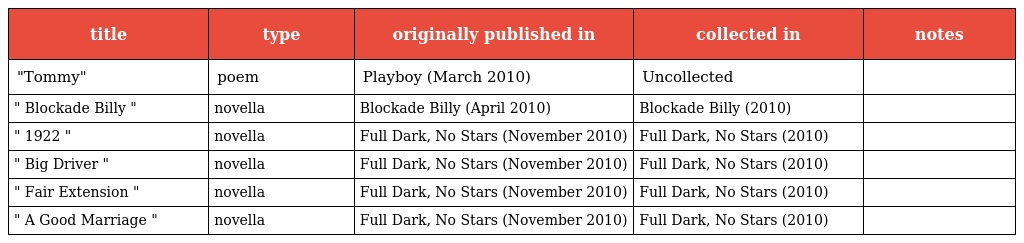
| title | type | originally published in | collected in | notes |
 | --- | --- | --- | --- | --- |
 | "Tommy" | poem | Playboy (March 2010) | Uncollected |  |
 | " Blockade Billy " | novella | Blockade Billy (April 2010) | Blockade Billy (2010) |  |
 | " 1922 " | novella | Full Dark, No Stars (November 2010) | Full Dark, No Stars (2010) |  |
 | " Big Driver " | novella | Full Dark, No Stars (November 2010) | Full Dark, No Stars (2010) |  |
 | " Fair Extension " | novella | Full Dark, No Stars (November 2010) | Full Dark, No Stars (2010) |  |
 | " A Good Marriage " | novella | Full Dark, No Stars (November 2010) | Full Dark, No Stars (2010) |  |